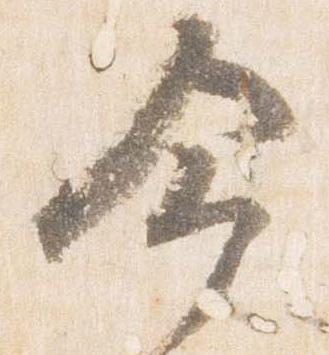
命